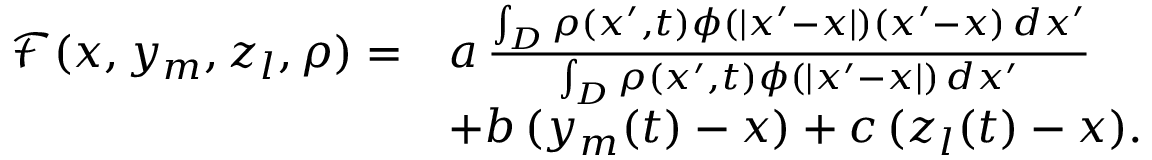
\begin{array} { r l } { \mathcal F ( x , y _ { m } , z _ { l } , \rho ) = } & { a \, \frac { \int _ { D } \rho ( x ^ { \prime } , t ) \phi ( | x ^ { \prime } - x | ) ( x ^ { \prime } - x ) \, d x ^ { \prime } } { \int _ { D } \rho ( x ^ { \prime } , t ) \phi ( | x ^ { \prime } - x | ) \, d x ^ { \prime } } } \\ & { + b \, ( y _ { m } ( t ) - x ) + c \, ( z _ { l } ( t ) - x ) . } \end{array}